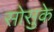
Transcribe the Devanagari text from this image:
सोसुके